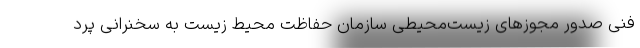
فنی صدور مجوزهای زیست‌محیطی سازمان حفاظت محیط زیست به سخنرانی پرد